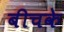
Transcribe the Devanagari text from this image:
बीचके